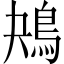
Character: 鴂